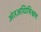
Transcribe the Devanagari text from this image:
अंतअधिमिश्रण